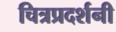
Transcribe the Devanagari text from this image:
चित्रप्रदर्शनी